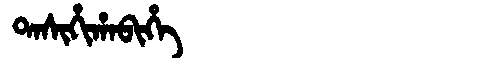
Manchu: ᡨᠠᠰᡳᡥᡳᡥᠠᠪᡳᡥᡝ
Romanization: TASIHIHABIHE